Report of the veterinary officer investigating camel disease
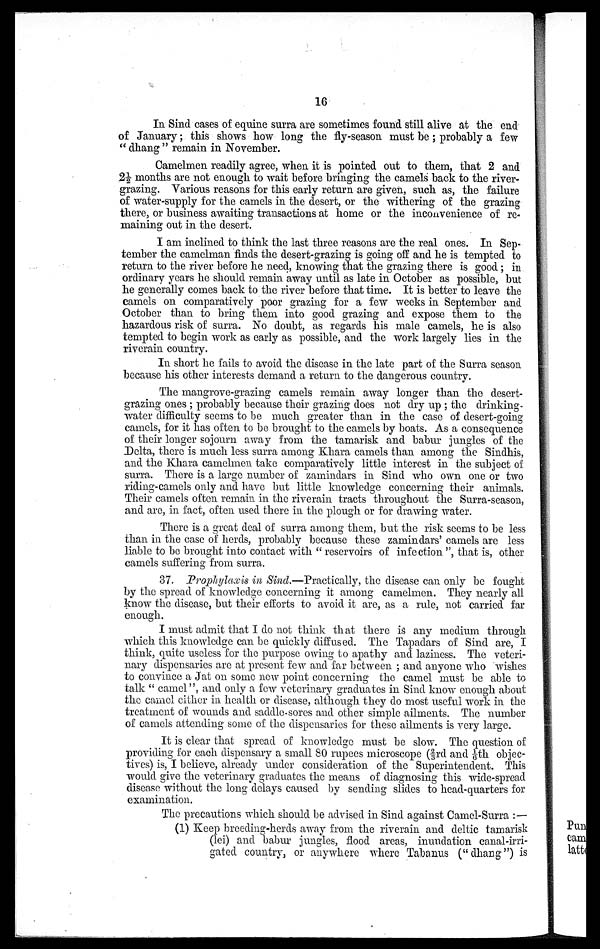
16
In Sind cases of equine surra are sometimes found still alive at the end
of January; this shows how long the fly-season must be; probably a few
" dhang " remain in November.
Camelmen readily agree, when it is pointed out to them, that 2 and
2½ months are not enough to wait before bringing the camels back to the river-
grazing. Various reasons for this early return are given, such as, the failure
of water-supply for the camels in the desert, or the withering of the grazing
there, or business awaiting transactions at home or the inconvenience of re
maining out in the desert.
I am inclined to think the last three reasons are the real ones. In Sep
tember the camelman finds the desert-grazing is going off and he is tempted to
return to the river before he need, knowing that the grazing there is good; in
ordinary years he should remain away until as late in October as possible, but
he generally comes back to the river before that time. It is better to leave the
camels on comparatively poor grazing for a few weeks in September and
October than to bring them into good grazing and expose them to the
hazardous risk of surra. No doubt, as regards his male camels, he is also
tempted to begin work as early as possible, and the work largely lies in the
riverain country.
In short he fails to avoid the disease in the late part of the Surra season,
because his other interests demand a return to the dangerous country.
The mangrove-grazing camels remain away longer than the desert-
grazing ones ; probably because their grazing does not dry up ; the drinking-
water difficulty seems to be much greater than in the case of desert-going
camels, for it has often to be brought to the camels by boats. As a consequence
of their longer sojourn away from the tamarisk and babur jungles of the
Delta, there is much less surra among Khara camels than among the Sindhis,
and the Khara camelmen take comparatively little interest in the subject of
surra. There is a large number of zamindars in Sind who own one or two
riding-camels only and have but little knowledge concerning their animals.
Their camels often remain in the riverain tracts throughout the Surra-season,
and are, in fact, often used there in the plough or for drawing water.
There is a great deal of surra among them, but the risk seems to be less
than in the case of herds, probably because these zamindars' camels are less
liable to be brought into contact with " reservoirs of infection ", that is, other
camels suffering from surra.
37. Prophylaxis in Sind.—Practically, the disease can only be fought
by the spread of knowledge concerning it among camelmen. They nearly all
know the disease, but their efforts to avoid it are, as a rule, not carried far
enough.
I must admit that I do not think that there is any medium through
which this knowledge can be quickly diffused. The Tapadars of Sind are, I
think, quite useless for the purpose owing to apathy and laziness. The veteri
nary dispensaries arc at present few and far between ; and anyone who wishes
to convince a Jat on some now point concerning the camel must be able to
talk " camel", and only a few veterinary graduates in Sind know enough about
the camel either in health or disease, although they do most useful work in the
treatment of wounds and saddle-sores and other simple ailments. The number
of camels attending some of the dispensaries for these ailments is very large.
It is clear that spread of knowledge must be slow. The question of
providing for each dispensary a small 80 rupees microscope (⅔rd and 1/6th objec
tives) is, I believe, already under consideration of the Superintendent. This
would give the veterinary graduates the means of diagnosing this wide-spread
disease without the long delays caused by sending slides to head-quarters for
examination.
The precautions which should be advised in Sind against Camel-Surra :—
(1) Keep breeding-herds away from the riverain and deltic tamarisk
(lei) and babur jungles, flood areas, inundation canal-irri
gated country, or anywhere where Tabanus ("dhang") is